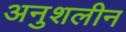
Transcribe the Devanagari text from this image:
अनुशलीन